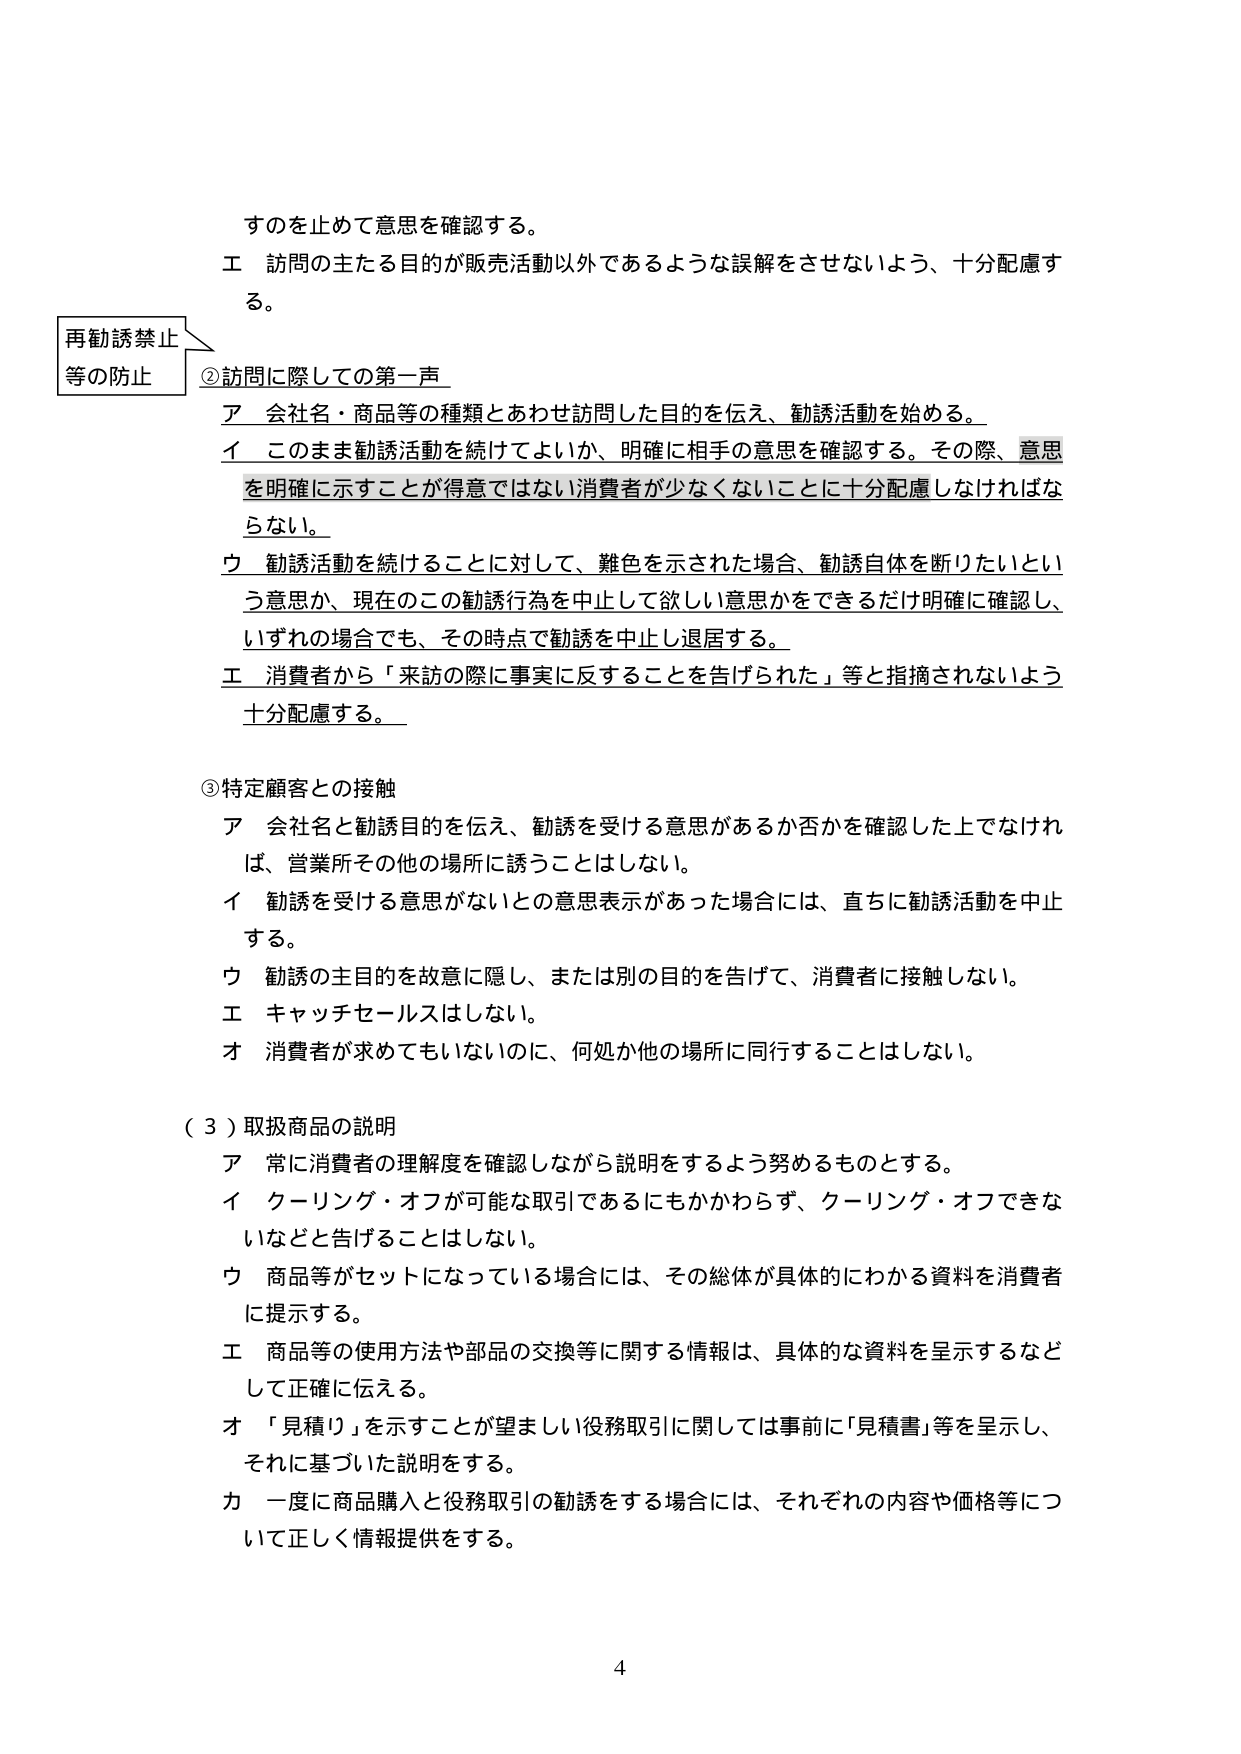
すのを止めて意思を確認する。
エ 訪問の主たる目的が販売活動以外であるような誤解をさせないよう、十分配慮する。

再勧誘禁止
等の防止

②訪問に際しての第一声
ア 会社名・商品等の種類とあわせ訪問した目的を伝え、勧誘活動を始める。
イ このまま勧誘活動を続けてよいか、明確に相手の意思を確認する。その際、意思を明確に示すことが得意ではない消費者が少なくないことに十分配慮しなければならない。
ウ 勧誘活動を続けることに対して、難色を示された場合、勧誘自体を断りたいという意思か、現在のこの勧誘行為を中止して欲しい意思かをできるだけ明確に確認し、いずれの場合でも、その時点で勧誘を中止し退居する。
エ 消費者から「来訪の際に事実に反することを告げられた」等と指摘されないよう十分配慮する。

③特定顧客との接触
ア 会社名と勧誘目的を伝え、勧誘を受ける意思があるか否かを確認した上でなければ、営業所その他の場所に誘うことはしない。
イ 勧誘を受ける意思がないとの意思表示があった場合には、直ちに勧誘活動を中止する。
ウ 勧誘の主目的を故意に隠し、または別の目的を告げて、消費者に接触しない。
エ キャッチセールスはしない。
オ 消費者が求めてもいないのに、何処か他の場所に同行することはしない。

（３）取扱商品の説明
ア 常に消費者の理解度を確認しながら説明をするよう努めるものとする。
イ クーリング・オフが可能な取引であるにもかかわらず、クーリング・オフできないなどと告げることはしない。
ウ 商品等がセットになっている場合には、その総体が具体的にわかる資料を消費者に提示する。
エ 商品等の使用方法や部品の交換等に関する情報は、具体的な資料を呈示するなどして正確に伝える。
オ 「見積り」を示すことが望ましい役務取引に関しては事前に「見積書」等を呈示し、それに基づいた説明をする。
カ 一度に商品購入と役務取引の勧誘をする場合には、それぞれの内容や価格等について正しく情報提供をする。

4